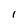
Character: 1